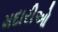
મદારીઓ